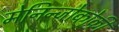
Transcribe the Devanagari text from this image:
मेनिन्जोकोकी